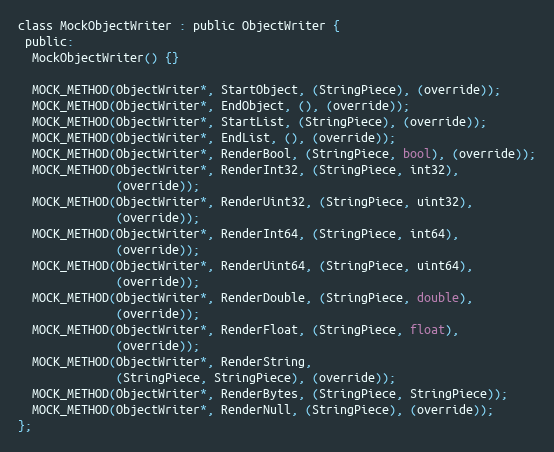
Language: C
class MockObjectWriter : public ObjectWriter {
 public:
  MockObjectWriter() {}

  MOCK_METHOD(ObjectWriter*, StartObject, (StringPiece), (override));
  MOCK_METHOD(ObjectWriter*, EndObject, (), (override));
  MOCK_METHOD(ObjectWriter*, StartList, (StringPiece), (override));
  MOCK_METHOD(ObjectWriter*, EndList, (), (override));
  MOCK_METHOD(ObjectWriter*, RenderBool, (StringPiece, bool), (override));
  MOCK_METHOD(ObjectWriter*, RenderInt32, (StringPiece, int32),
              (override));
  MOCK_METHOD(ObjectWriter*, RenderUint32, (StringPiece, uint32),
              (override));
  MOCK_METHOD(ObjectWriter*, RenderInt64, (StringPiece, int64),
              (override));
  MOCK_METHOD(ObjectWriter*, RenderUint64, (StringPiece, uint64),
              (override));
  MOCK_METHOD(ObjectWriter*, RenderDouble, (StringPiece, double),
              (override));
  MOCK_METHOD(ObjectWriter*, RenderFloat, (StringPiece, float),
              (override));
  MOCK_METHOD(ObjectWriter*, RenderString,
              (StringPiece, StringPiece), (override));
  MOCK_METHOD(ObjectWriter*, RenderBytes, (StringPiece, StringPiece));
  MOCK_METHOD(ObjectWriter*, RenderNull, (StringPiece), (override));
};